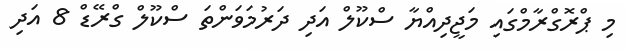
މި ޕްރޮގްރާމްގައި މަޖީދިއްޔާ ސްކޫލް އަދި ދަރުމަވަންތަ ސްކޫލް ގްރޭޑް 8 އަދި